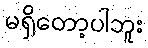
မရှိတော့ပါဘူး